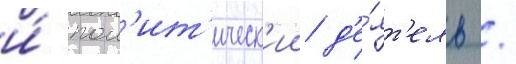
и́ пол'ит'ическ'ии д'е́ят'ель /